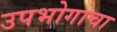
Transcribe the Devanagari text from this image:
उपभोगाचा